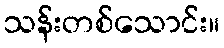
သန်းတစ်သောင်း။